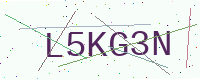
Text: L5KG3N